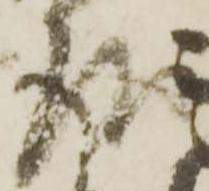
請